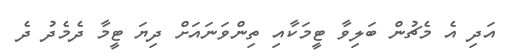
އަދި އެ މެޗުން ބަލިވާ ޓީމަކާއި ތިންވަނައަށް ދިޔަ ޓީމާ ދެމެދު ދެ